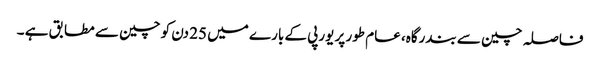
فاصلہ چین سے بندرگاہ، عام طور پر یورپی کے بارے میں 25 دن کو چین سے مطابق ہے ۔